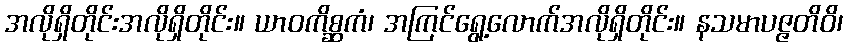
အလိုရှိတိုင်းအလိုရှိတိုင်း။ ယာဝကိစ္ဆကံ၊ အကြင်ရွေ့လောက်အလိုရှိတိုင်း။ နသမာပဇ္ဇတိဝိ၊